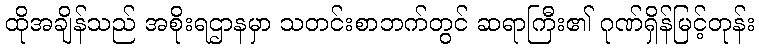
ထိုအချိန်သည် အစိုးရဌာနမှာ သတင်းစာဘက်တွင် ဆရာကြီး၏ ဂုဏ်ရှိန်မြင့်တုန်း